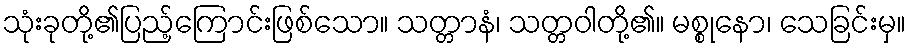
သုံးခုတို့၏ပြည့်ကြောင်းဖြစ်သော။ သတ္တာနံ၊ သတ္တဝါတို့၏။ မစ္စုနော၊ သေခြင်းမှ။